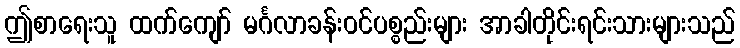
ဤစာရေးသူ ထက်ကျော် မင်္ဂလာခန်းဝင်ပစ္စည်းများ အာခါတိုင်းရင်းသားများသည်